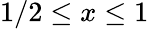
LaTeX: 1/2\leq x\leq 1